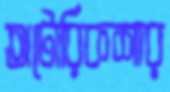
অটোরিকশার